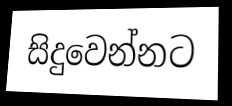
සිදුවෙන්නට